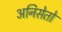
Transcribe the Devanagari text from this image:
अनिसेतो